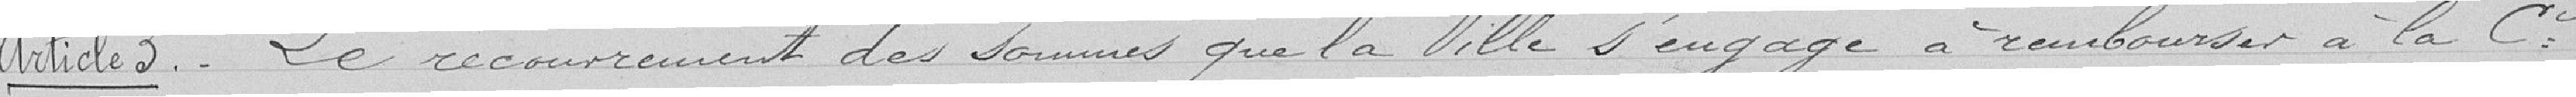
Article 3. - Le recouvrement des sommes que la Ville s'engage à rembourser à la Compagnie